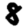
Digit: 8